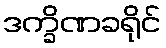
ဒက္ခိဏခရိုင်